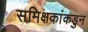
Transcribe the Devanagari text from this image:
समिक्षकांकडुन